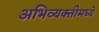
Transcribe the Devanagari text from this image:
अभिव्यक्तीमध्ये